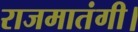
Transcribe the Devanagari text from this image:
राजमातंगी।